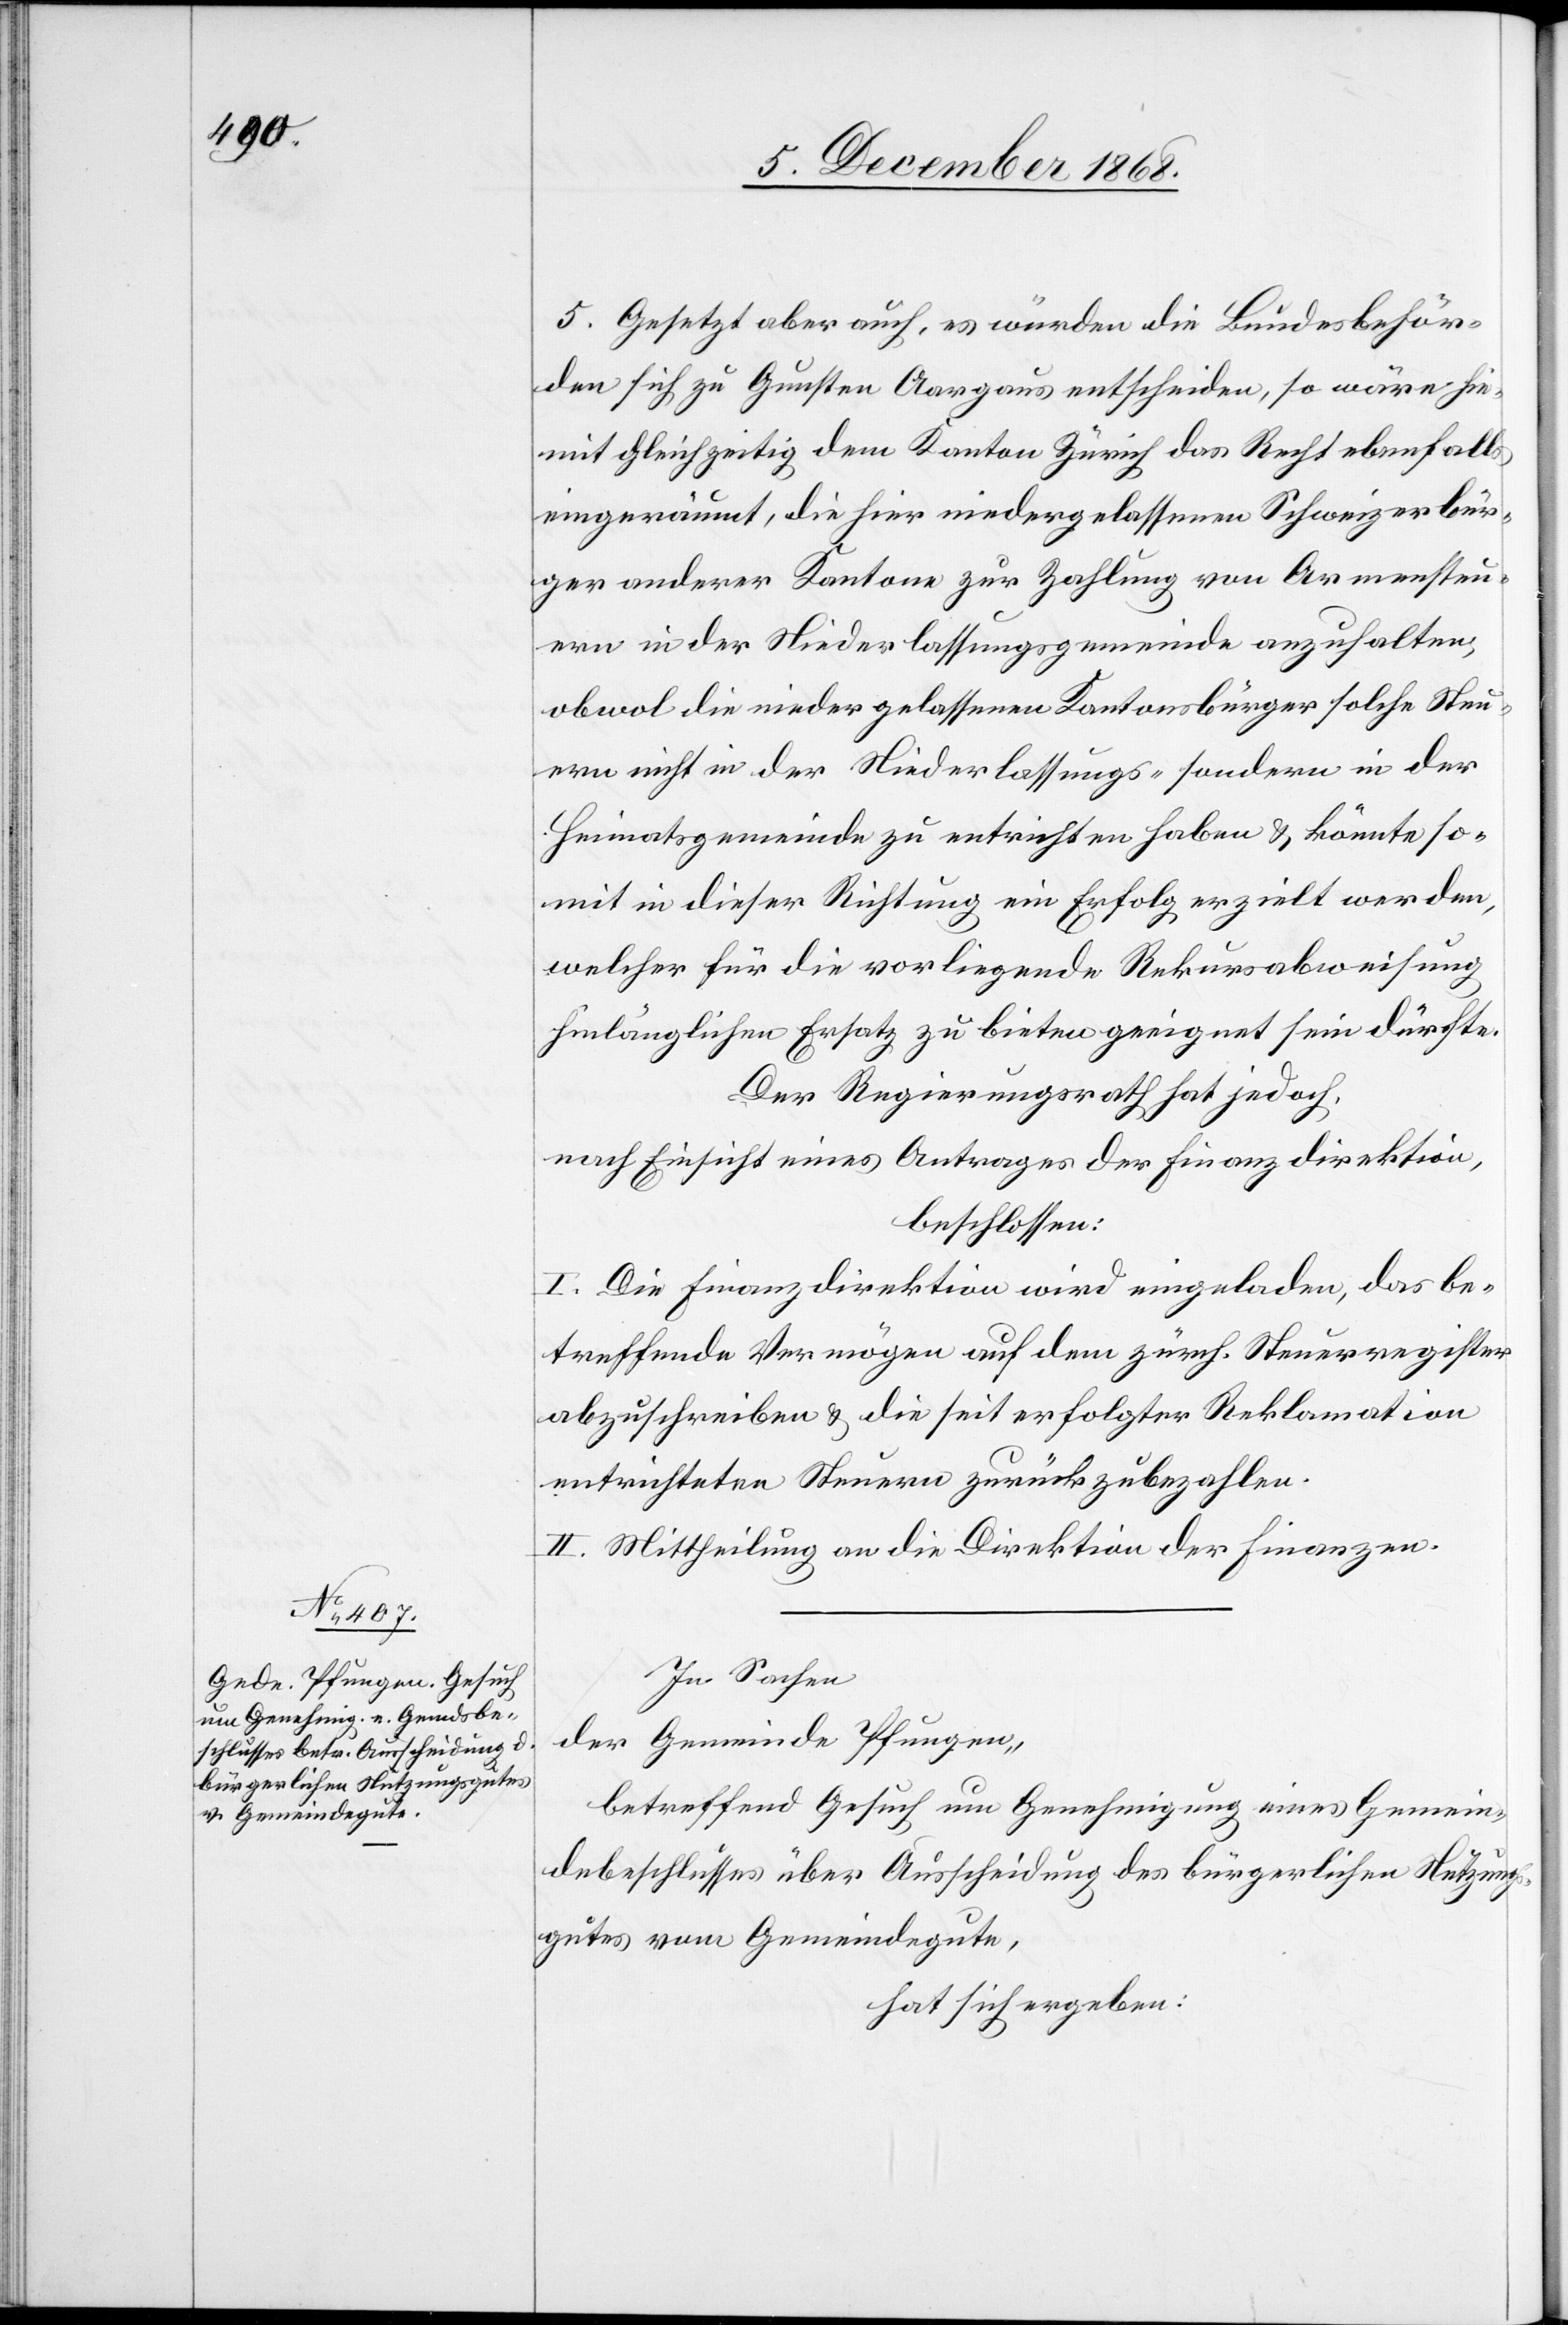
5. Gesetzt aber auch, es würden die Bundesbehör¬
den sich zu Gunsten Aargaus entscheiden, so wäre hie¬
mit gleichzeitig dem Kanton Zürich das Recht ebenfalls
eingeräumt, die hier niedergelassenen Schweizerbür¬
ger anderer Kantone zur Zahlung von Armensteu¬
ern in der Niederlassungsgemeinde anzuhalten,
obwol die niedergelassenen Kantonsbürger solche Steu¬
ern nicht in der Niederlassungs- sondern in der
Heimatsgemeinde zu entrichten haben & könnte so¬
mit in dieser Richtung ein Erfolg erzielt werden,
welcher für die vorliegende Rekursabweisung
hinlänglichen Ersatz zu bieten geeignet sein dürfte.
Der Regierungsrath hat jedoch,
nach Einsicht eines Antrages der Finanzdirektion,
beschlossen:
I. Die Finanzdirektion wird eingeladen, das be¬
treffende Vermögen auf dem zürch. Steuerregister
abzuschreiben & die seit erfolgter Reklamation
entrichteten Steuern zurückzubezahlen.
II. Mittheilung an die Direktion der Finanzen.
In Sachen
der Gemeinde Pfungen,
betreffend Gesuch um Genehmigung eines Gemein¬
debeschlusses über Ausscheidung des bürgerlichen Nutzungs¬
gutes vom Gemeindegute,
hat sich ergeben: